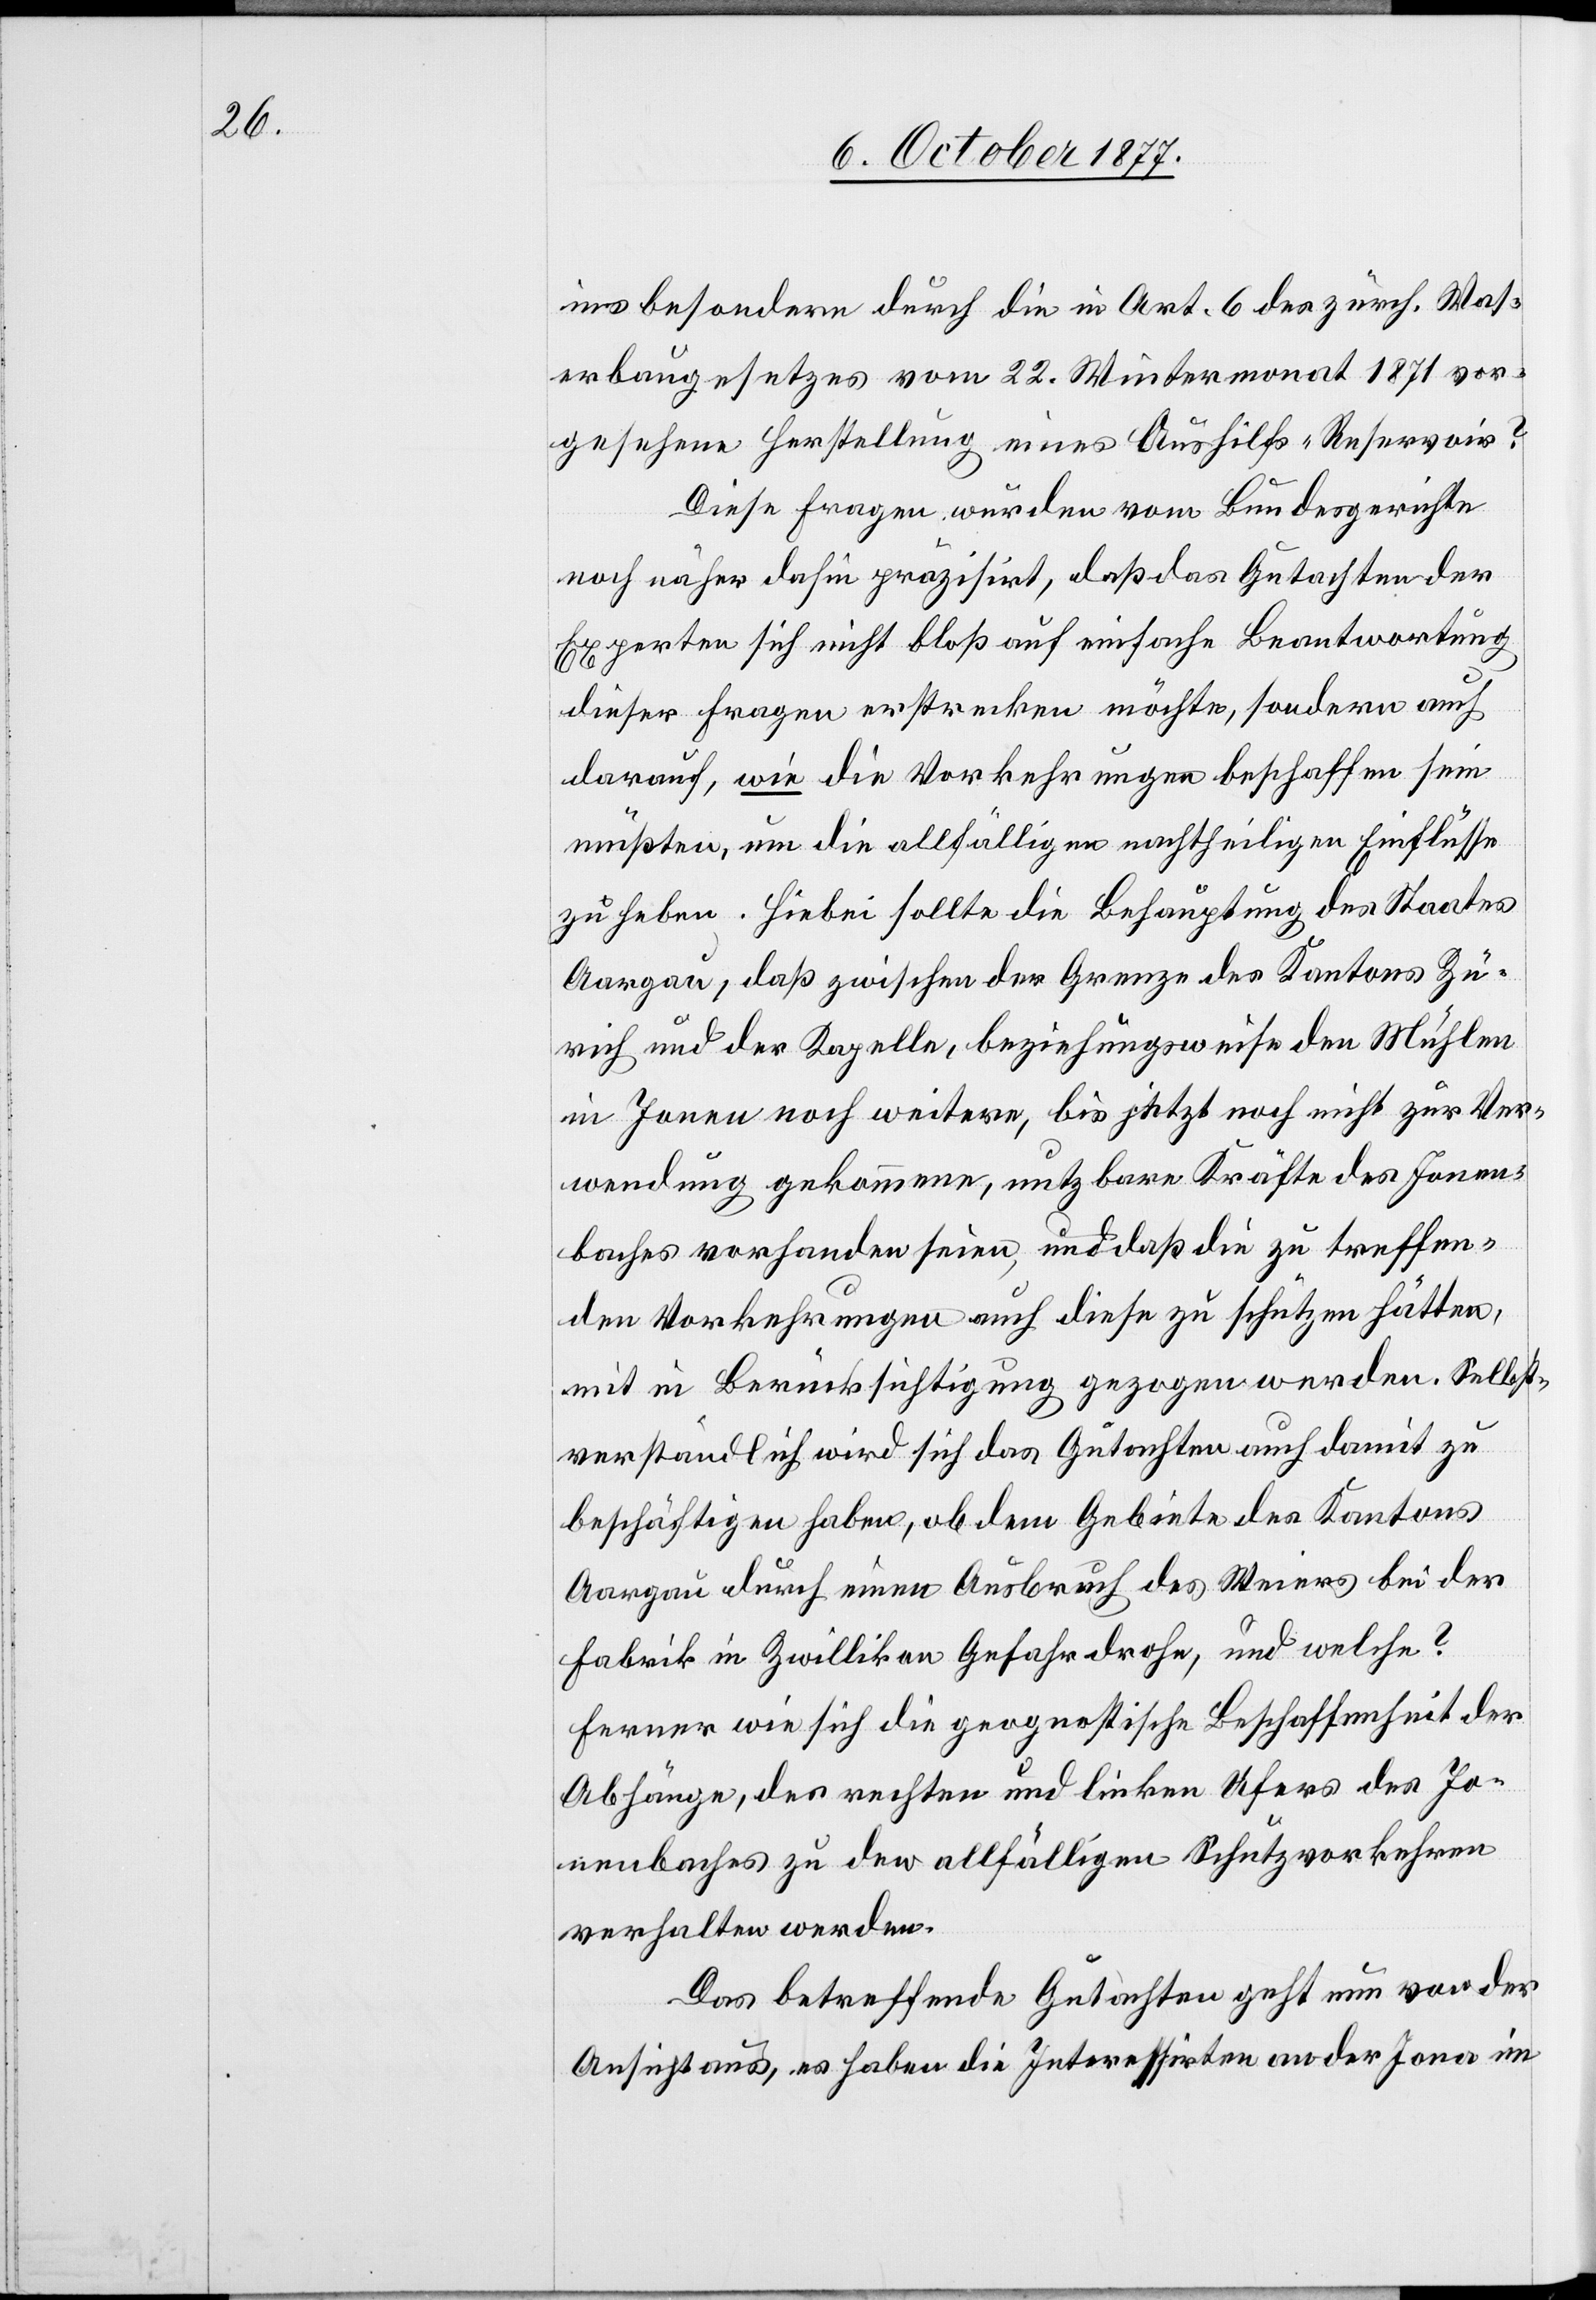
ins besondere durch die in Art. 6 des zürch. Wass¬
erbaugesetzes vom 22. Wintermonat 1871 vor¬
gesehene Herstellung eines Aushilfs-Reservoir?
Diese Fragen wurden vom Bundesgerichte
noch näher dahin präzisirt, daß das Gutachten der
Experten sich nicht bloß auf einfache Beantwortung
dieser Fragen erstrecken möchte, sondern auch
darauf, wie die Vorkehrungen beschaffen sein
müßten, um die allfälligen nachtheiligen Einflüsse
zu heben. Hiebei sollte die Behauptung des Staates
Aargau, daß zwischen der Grenze des Kantons Zü¬
rich und der Kapelle, beziehungsweise den Mühlen
in Jonen noch weitere, bis jetzt noch nicht zur Ver¬
wendung gekommene, nutzbare Kräfte des Jonen¬
baches vorhanden seien, und daß die zu treffen¬
den Vorkehrungen auch diese zu schützen hätten,
mit in Berücksichtigung gezogen werden. Selbst¬
verständlich wird sich das Gutachten auch damit zu
beschäftigen haben, ob dem Gebiete des Kantons
Aargau durch einen Ausbruch des Weiers bei der
Fabrik in Zwillikon Gefahr drohe, und welche?
Ferner wie sich die geognostische Beschaffenheit der
Abhänge, des rechten und linken Ufers des Jo¬
nenbaches zu den allfälligen Schutzvorkehren
verhalten werden.
Das betreffende Gutachten geht nun von der
Ansicht aus, es haben die Interessirten an der Jona im